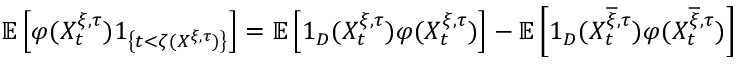
\mathbb { E } \left[ \varphi ( X _ { t } ^ { \xi , \tau } ) 1 _ { \left\{ t < \zeta ( X ^ { \xi , \tau } ) \right\} } \right] = \mathbb { E } \left[ 1 _ { D } ( X _ { t } ^ { \xi , \tau } ) \varphi ( X _ { t } ^ { \xi , \tau } ) \right] - \mathbb { E } \left[ 1 _ { D } ( X _ { t } ^ { \overline { { \xi } } , \tau } ) \varphi ( X _ { t } ^ { \overline { { \xi } } , \tau } ) \right]